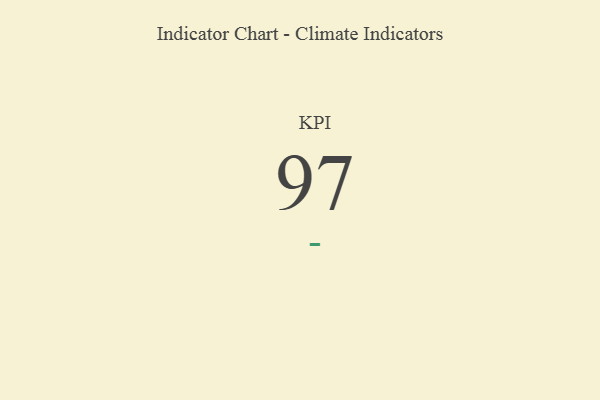
{"axis": {"x": "KPI", "y": "Value"}, "legend": [""], "data": [{"x": "KPI", "y": 97, "type": ""}]}